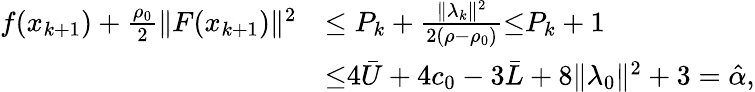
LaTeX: \begin{array}{rl}{f(x_{k+1})+\frac{\rho_{0}}{2}\| F(x_{k+1})\| ^{2}}&{\leq P_{k}+\frac{\| \lambda_{k}\| ^{2}}{2(\rho-\rho_{0})}{\overset{}{\leq}}P_{k}+1}\\ &{{\overset{}{\leq}}4\bar{U}+4c_{0}-3\bar{L}+8\| \lambda_{0}\| ^{2}+3=\hat{\alpha},}\end{array}